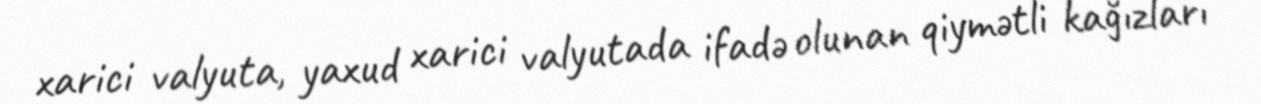
xarici valyuta, yaxud xarici valyutada ifadə olunan qiymətli kağızları